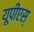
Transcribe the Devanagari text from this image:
यूपीएस्